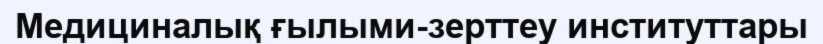
Медициналық ғылыми-зерттеу институттары